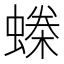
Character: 𧏪